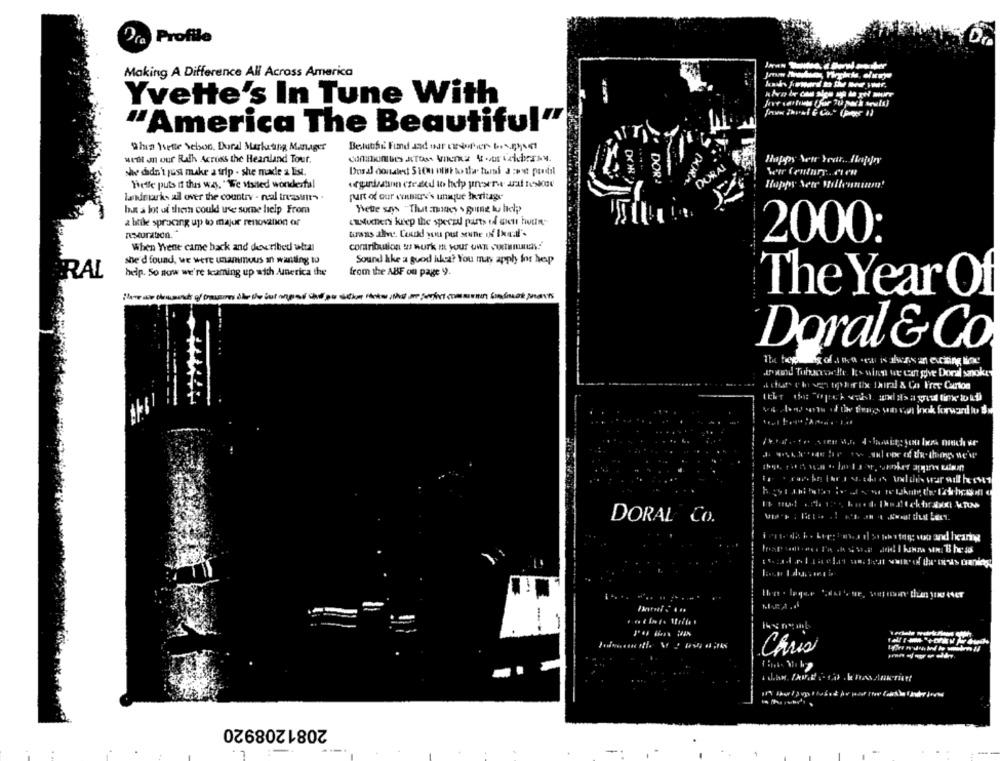
Profile
Making A Difference All Across America
Yvette's In Tune With
"America The Beautiful"
9ha Wette Selson. Doral Marketing Manager
west in our Rath Across the Heanland Tour.
DORN
www didn't just make a trip . she made a Est.
DOR!
Fietle puts it this way. "We visited wonderfal
DOR ?
Happy Nete Millennium!
landmark- all over the country - neal treasures .
Is a lot of thesh could use some help From
LWuchers keep the speced parts of wiet huur"
a btile spracing up to major renovation of
trans alle. Could you put stune of Ikaall'.
2000:
When Wene came back and devribed uttal
contribution w work m your own sonunas!"
she'd found, we were unanimous an wanting to
Sound kke a good ikea? You may apply for hep
RAL
help. So now we're teaming up with America the
from the ABF on page 9.
The Year Of
Doral & Co
axed Tobaccoelte 1- wina we can gre Doral smoke
DORAL CO.
MARA.
Chris
2081208920
- 7
-